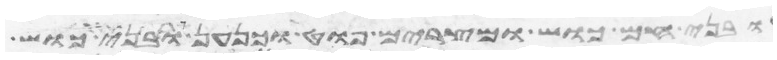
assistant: ובני חם כוש ומצרים פוט וכנען ובני כוש